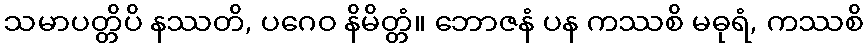
သမာပတ္တိပိ နဿတိ, ပဂေဝ နိမိတ္တံ။ ဘောဇနံ ပန ကဿစိ မဓုရံ, ကဿစိ